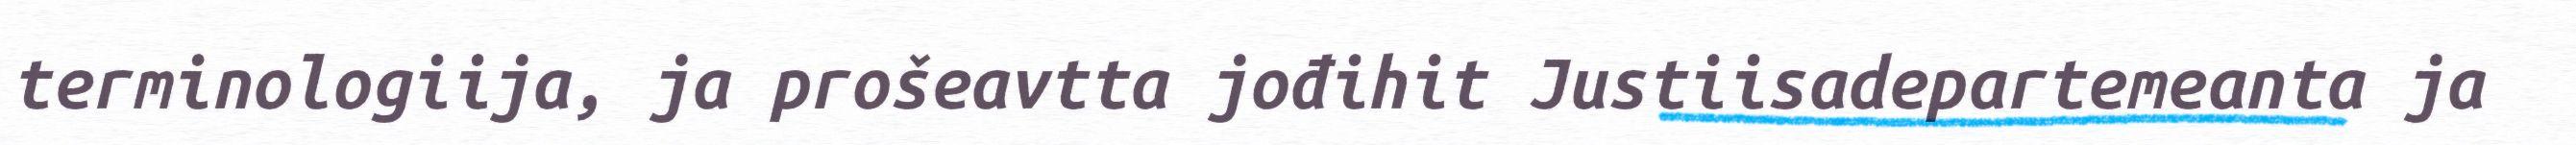
terminologiija, ja prošeavtta jođihit Justiisadepartemeanta ja